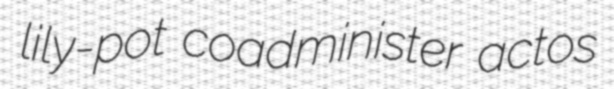
lily-pot coadminister actos